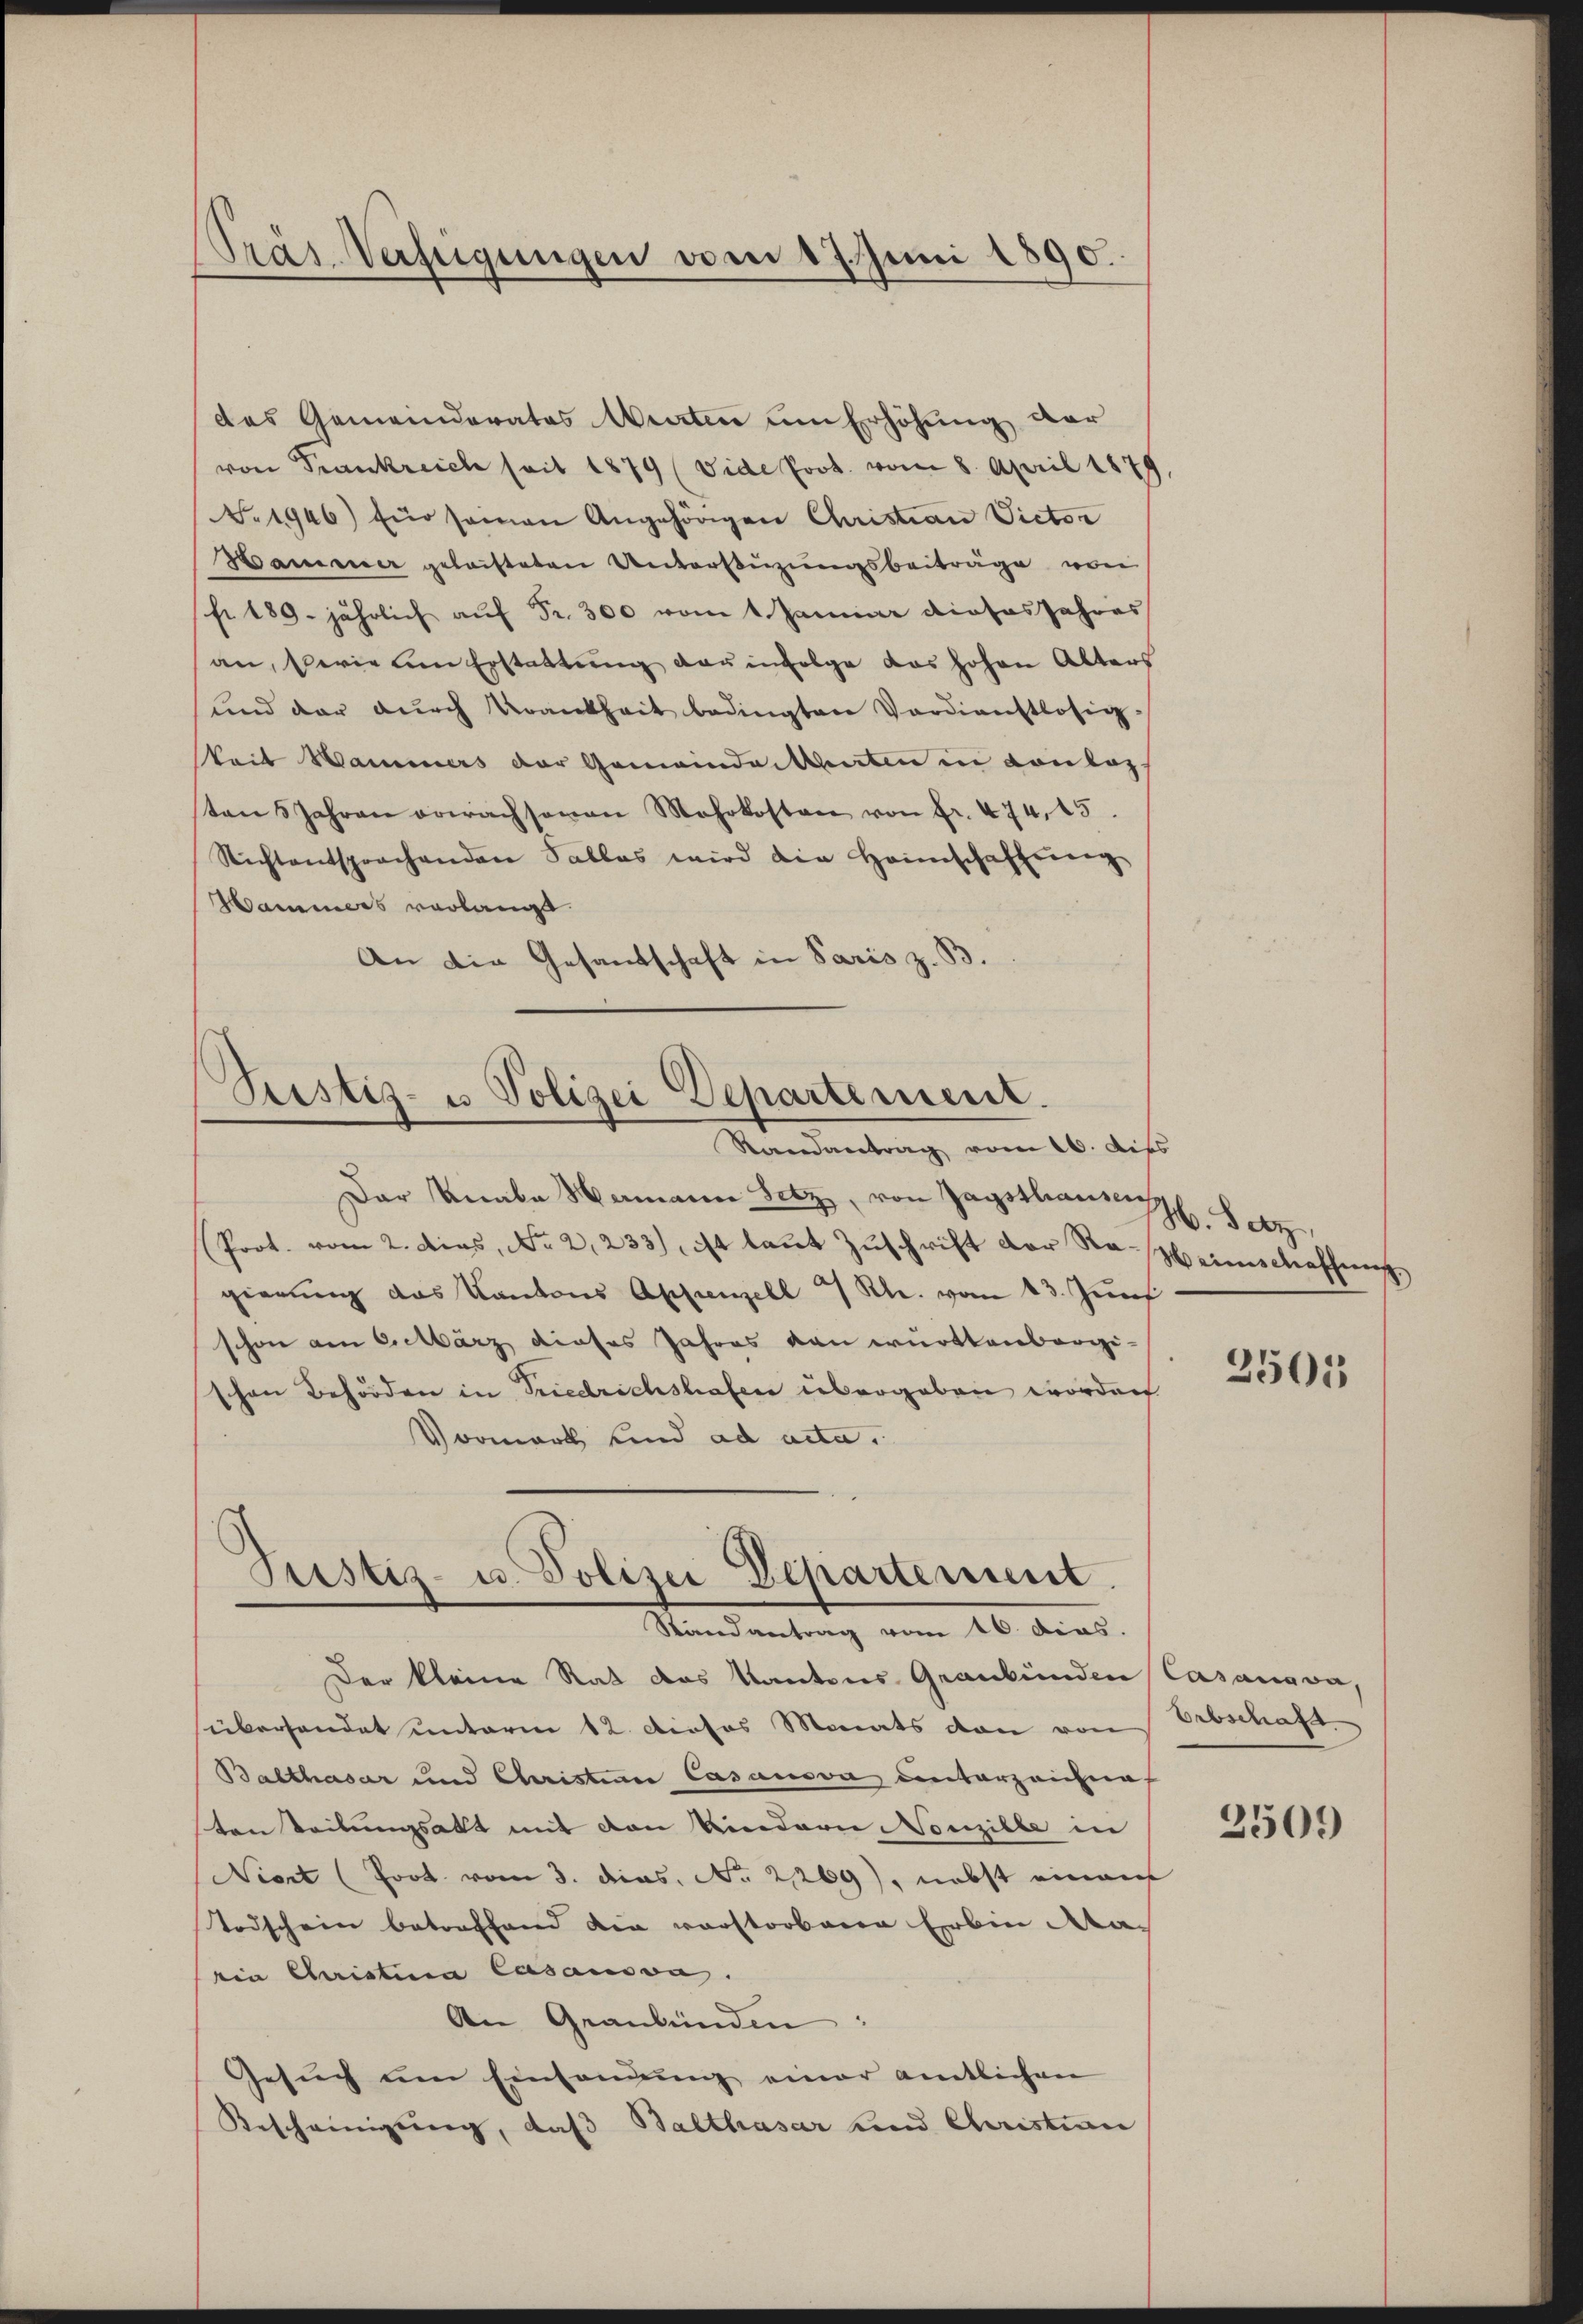
Präs. Verfügungen vom 17. Juni 1890.

des Gemeinderates Murten um Erhöhung der
von Frankreich seit 1879 (Vide Prot. vom 8. April 1879,
No. 1946) für seinen Angehörigen Christian Victor
Hammer geleisteten Unterstüzungsbeiträge von
fr. 189. jährlich aŭf Fr. 300 vom 1. Januar dieses Jahres
an, wie am Erstattung der infolge das hohen Alters
und der dŭrch Krankheit bedingten Verdienstlosig-
keit Wammers der Gemeindenten in Konlaz
tens Jahren erwachsenen Mehrkosten von fr. 474, 15.
Nichtentsprochenden Salles wird die Heimschaffung
Hammers verlangt.
An die Gesandschaft in Paris z. B.

Dar Knabe Mamann Sitz, von Zagsthanen Satz,
Prot. vom 2. dies, No 2,233), ist laut Zuschrift der Notbeinschaffung,
gierung das Kantons Appenzell  Rh. vom 13. Juni
schon am Eicharz dieses Jahres von württenbergischon Behörden in Friedrichshafen übergeben worden
Vormark und ad acta.
Der kleine Rat das Kantons Graubünden Casanova,
süberhandet unterm 12. dieses Monats von von Erbschaft.
Balthasar und Christian Casanova unterzeichnet
sten Teilungsakt mit den Kindern Nonzille in
Niort (Poot vom 3. das No 2269), nebst einem
Todschein betreffend die vorstorbene Erbin da-
ein Christina Casanova.
An Graubünden:
Gesuch um Einsamung einer amtlichen
Bescheinigung, daß Balthasar und Christian

Pristiz- u Polizei Departement.
Randantrag vom 16. dies

Justiz- u. Polizei Departement.
Randantrag vom 16. dies

2505

3509